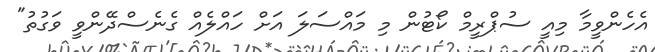
އެހެންވީމާ މިއީ ސުޕްރީމް ކޯޓުން މި މައްސަލަ އަށް ހައްލެއް ގެނެސްދޭންވީ ވަގުތު"